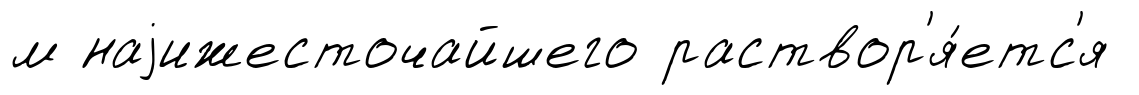
м наjижесточайшего раствор'я́етс'я